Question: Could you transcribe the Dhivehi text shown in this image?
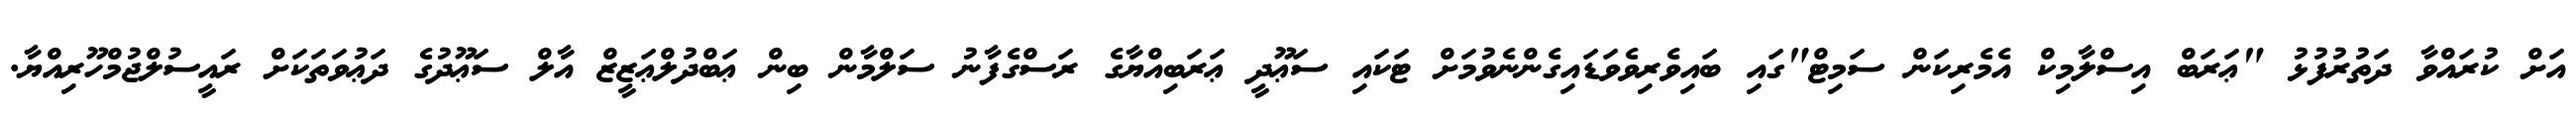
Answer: އަށް ކުރައްވާ ދަތުރުފުޅު "ޢަރަބް އިސްލާމިކް އެމެރިކަން ސަމިޓް"ގައި ބައިވެރިވެވަޑައިގެންނެވުމަށް ޓަކައި ސަޢޫދީ ޢަރަބިއްޔާގެ ރަސްގެފާނު ސަލްމާން ބިން ޢަބްދުލްޢަޒީޒް އާލް ސަޢޫދުގެ ދަޢުވަތަކަށް ރައީސުލްޖުމްހޫރިއްޔާ.